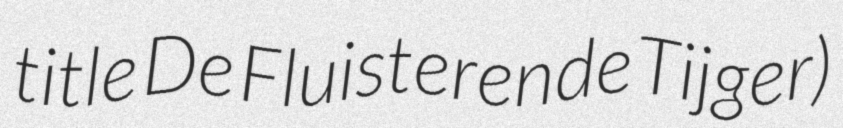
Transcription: title De Fluisterende Tijger)